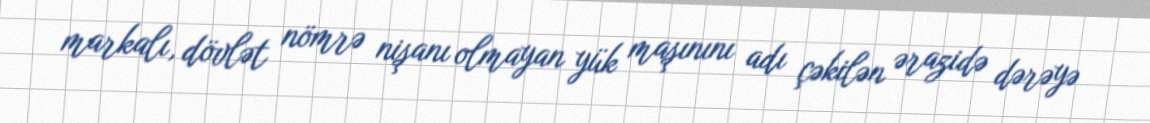
markalı, dövlət nömrə nişanı olmayan yük maşınını adı çəkilən ərazidə dərəyə